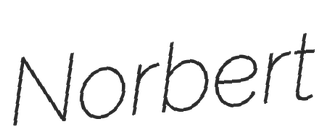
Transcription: Norbert